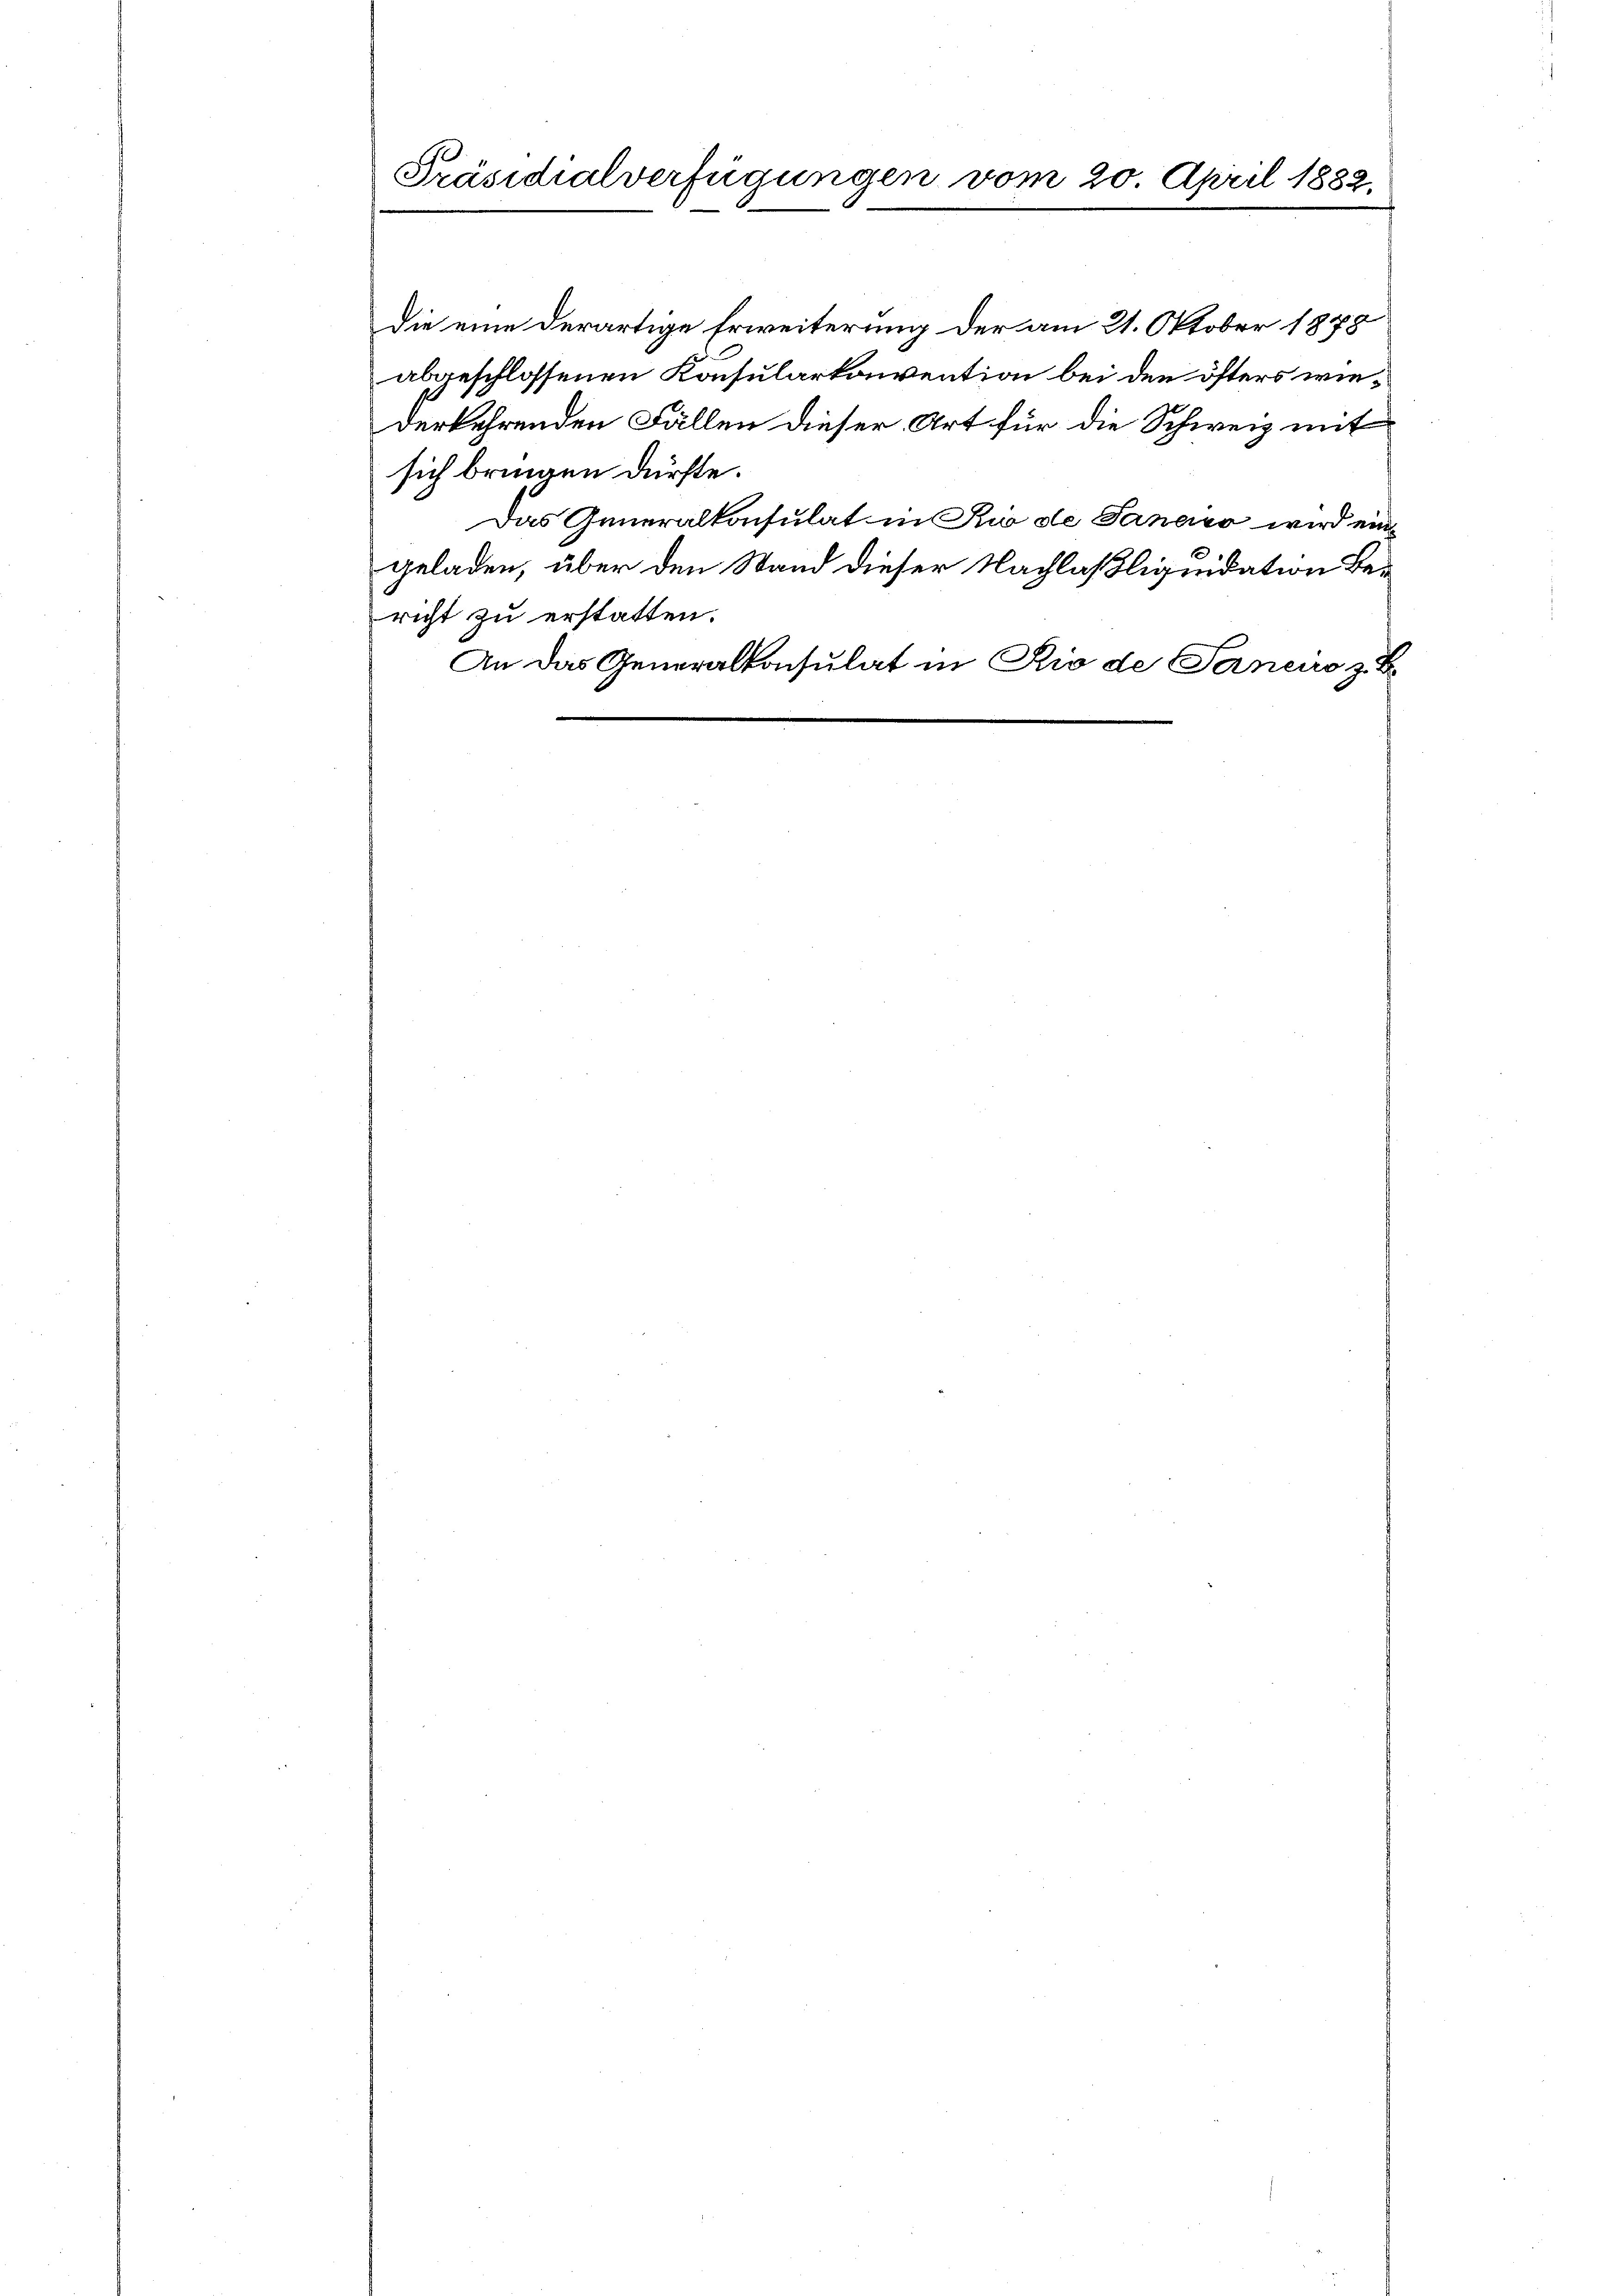
Präsidialverfügungen vom 20. April 1882.

die eine derartige Erweiterung der am 21. Oktober 1878
abgeschlossenen Konsularkonvention bei den öfters wiederkehrenden Fällen dieser Art für die Schweiz mit
sich bringen dürfte.
Das Generalkonsulat in Rio de Janeiro wird eingeladen, über den Stand dieser Nachlaßliquidation Bericht zu erstatten.
An das Generalkonsulat in Rio de Janeiro z. B.